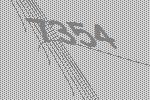
7354